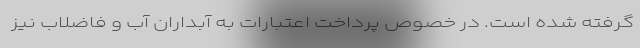
گرفته شده است. در خصوص پرداخت اعتبارات به آبداران آب و فاضلاب نیز